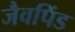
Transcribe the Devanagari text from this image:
जैवपिंड